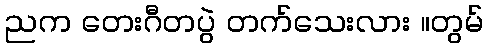
ညက တေးဂီတပွဲ တက်သေးလား ။တွမ်